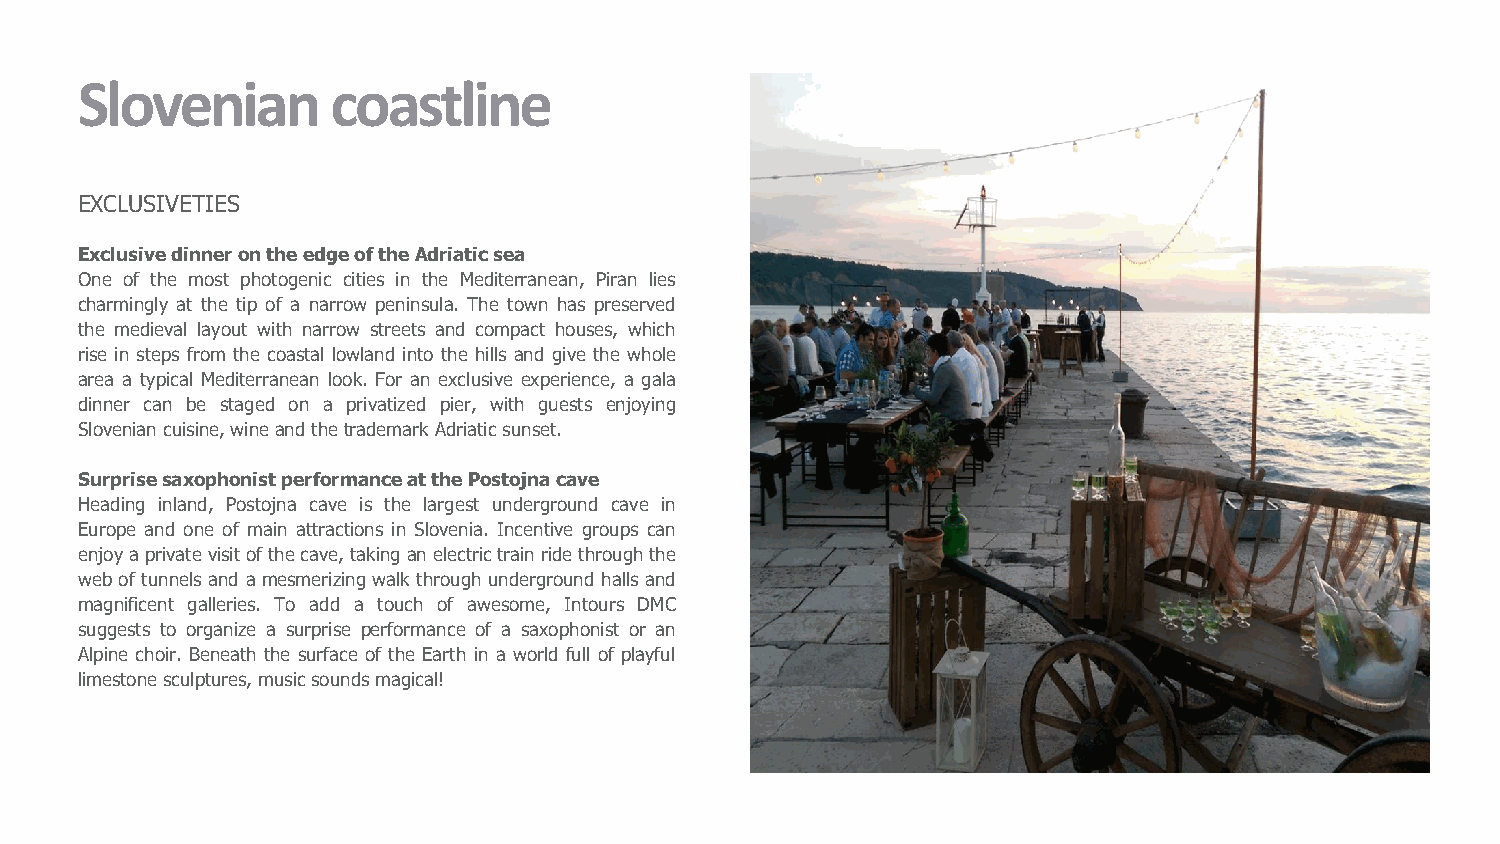
Slovenian        coastline
 EXCLUSIVETIES
 ExclusivedinnerontheedgeoftheAdriaticsea
 One of the most photogenic cities in the Mediterranean, Piran lies
 charmingly at the tip of a narrow peninsula. The town has preserved
 the medieval layout with narrow streets and compact houses, which
 rise in steps from the coastal lowland into the hills and give the whole
 area a typical Mediterranean look. For an exclusive experience, a gala
 dinner can be staged on a privatized pier, with guests enjoying
 Sloveniancuisine,wineandthetrademark Adriaticsunset.
 SurprisesaxophonistperformanceatthePostojnacave
 Heading inland, Postojna cave is the largest underground cave in
 Europe and one of main attractions in Slovenia. Incentive groups can
 enjoyaprivatevisitofthecave,takingan electrictrainridethroughthe
 web of tunnels and a mesmerizing walk through underground halls and
 magnificent galleries. To add a touch of awesome, Intours DMC
 suggests to organize a surprise performance of a saxophonist or an
 Alpine choir. Beneath the surface of the Earth in a world full of playful
 limestonesculptures,musicsoundsmagical!